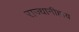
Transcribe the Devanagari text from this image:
राज्यानीहाय